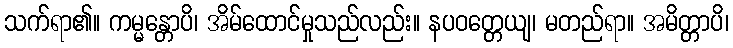
သက်ရာ၏။ ကမ္မန္တောပိ၊ အိမ်ထောင်မှုသည်လည်း။ နပဝတ္တေယျ၊ မတည်ရာ။ အမိတ္တာပိ၊